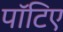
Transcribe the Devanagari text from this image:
पॉटिए